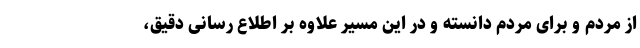
از مردم و برای مردم دانسته و در این مسیر علاوه بر اطلاع رسانی دقیق،